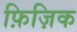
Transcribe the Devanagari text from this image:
फ़िज़िक